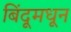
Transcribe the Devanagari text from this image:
बिंदूमधून